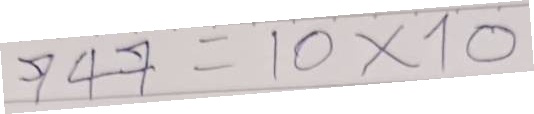
747 = 10x10